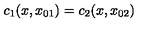
c _ { 1 } ( x , x _ { 0 1 } ) = c _ { 2 } ( x , x _ { 0 2 } )